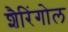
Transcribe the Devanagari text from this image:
शैरिंगोल